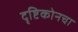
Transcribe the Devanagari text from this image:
दृष्टिकोनचा